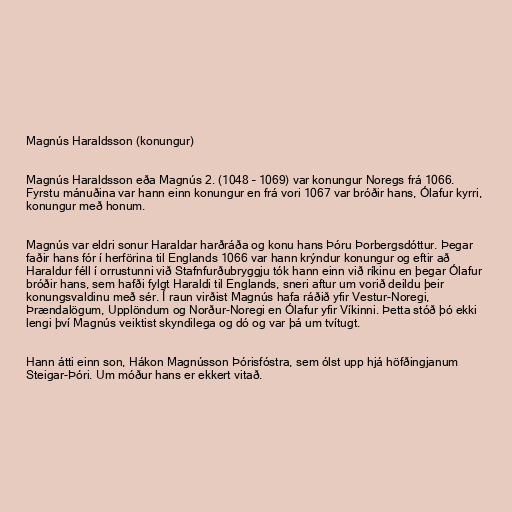
Magnús Haraldsson (konungur)

Magnús Haraldsson eða Magnús 2. (1048 – 1069) var konungur Noregs frá 1066.
Fyrstu mánuðina var hann einn konungur en frá vori 1067 var bróðir hans, Ólafur kyrri,
konungur með honum.

Magnús var eldri sonur Haraldar harðráða og konu hans Þóru Þorbergsdóttur. Þegar
faðir hans fór í herförina til Englands 1066 var hann krýndur konungur og eftir að
Haraldur féll í orrustunni við Stafnfurðubryggju tók hann einn við ríkinu en þegar Ólafur
bróðir hans, sem hafði fylgt Haraldi til Englands, sneri aftur um vorið deildu þeir
konungsvaldinu með sér. Í raun virðist Magnús hafa ráðið yfir Vestur-Noregi,
Þrændalögum, Upplöndum og Norður-Noregi en Ólafur yfir Víkinni. Þetta stóð þó ekki
lengi því Magnús veiktist skyndilega og dó og var þá um tvítugt.

Hann átti einn son, Hákon Magnússon Þórisfóstra, sem ólst upp hjá höfðingjanum
Steigar-Þóri. Um móður hans er ekkert vitað.